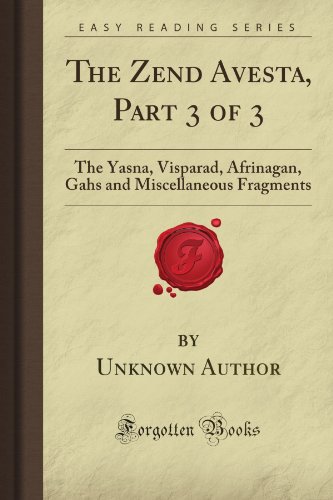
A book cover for The Zend Avesta, Part 3 of 3: The Yasna, Visparad, Afrinagan, Gahs and Miscellaneous Fragments (Forgotten Books); Unknown Firminger Author; Religion & Spirituality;